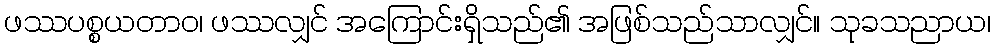
ဖဿပစ္စယတာဝ၊ ဖဿလျှင် အကြောင်းရှိသည်၏ အဖြစ်သည်သာလျှင်။ သုခသညာယ၊